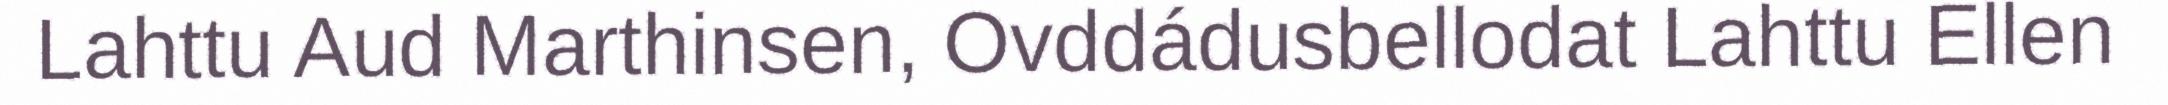
Lahttu Aud Marthinsen, Ovddádusbellodat Lahttu Ellen